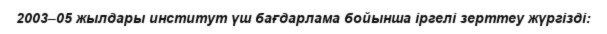
2003–05 жылдары институт үш бағдарлама бойынша іргелі зерттеу жүргізді: